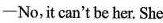
─No,it can't be her. She